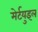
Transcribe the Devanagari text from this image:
मेर्टयुइल